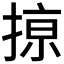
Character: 𢱊